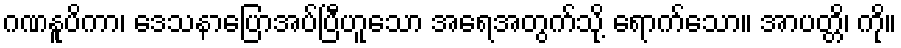
ဂဏနူပိကာ၊ ဒေသနာပြောအပ်ပြီဟူသော အရေအတွက်သို့ ရောက်သော။ အာပတ္တိ၊ ကို။